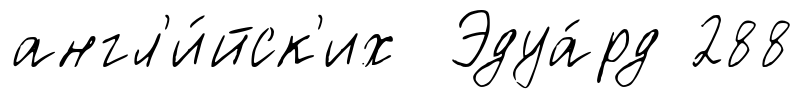
англ'и́йск'их Эдуа́рд 288